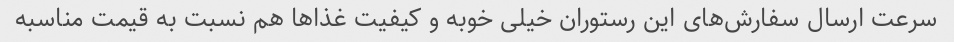
سرعت ارسال سفارش‌های این رستوران خیلی خوبه و کیفیت غذاها هم نسبت به قیمت مناسبه